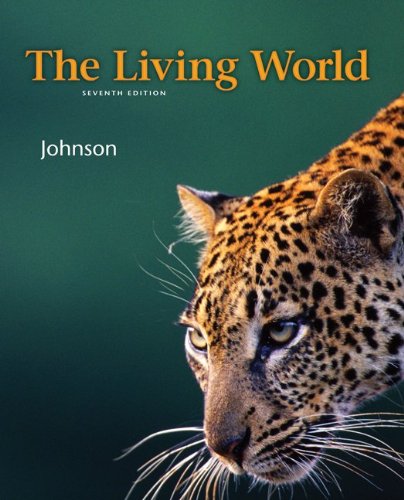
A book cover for The Living World; George Johnson; Science & Math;